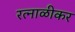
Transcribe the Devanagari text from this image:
रत्नाळीकर